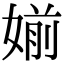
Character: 媊